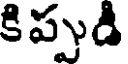
కిప్పుడి